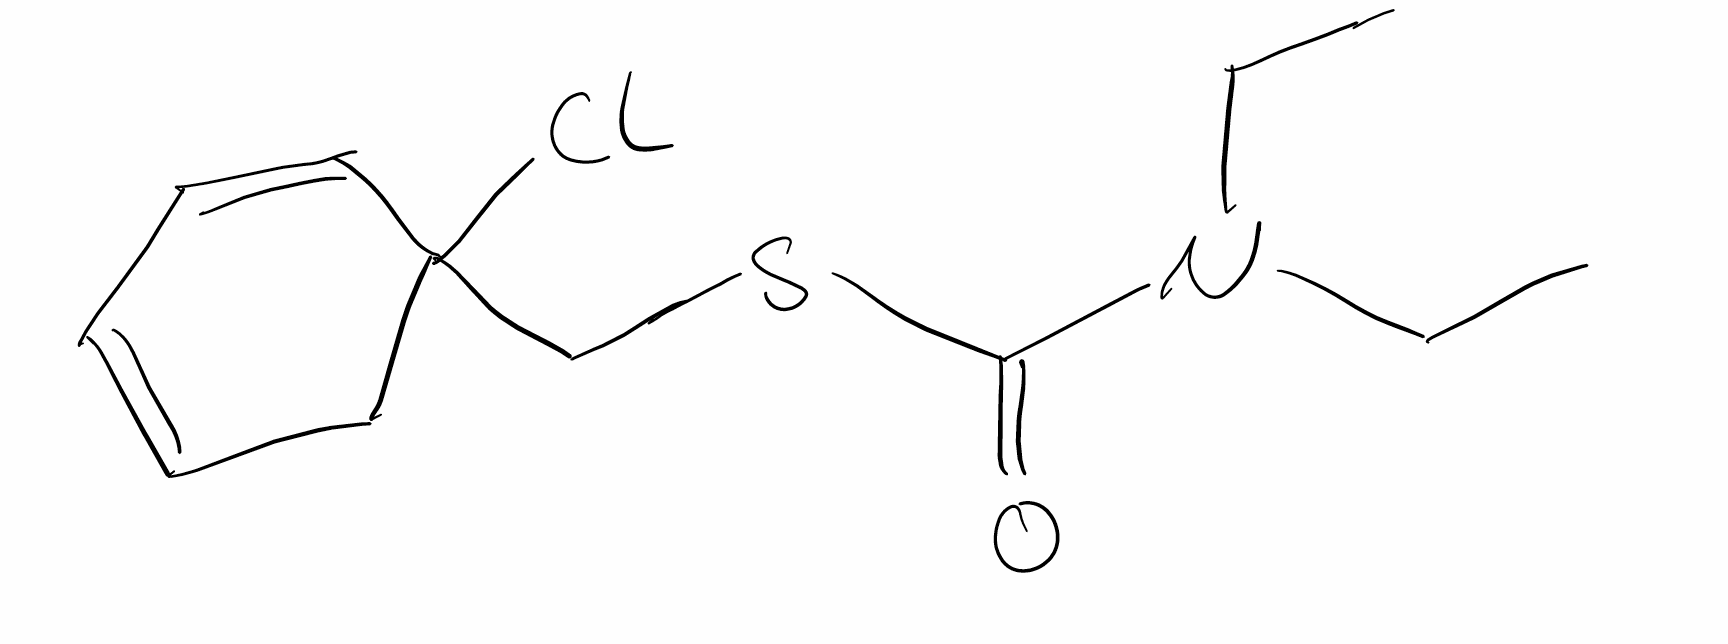
Simplified molecular-input line-entry system (SMILES) notation of the given molecule:
CCN(CC)C(=O)SCC1(CC=CC=C1)Cl